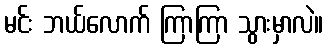
မင်း ဘယ်လောက် ကြာကြာ သွားမှာလဲ။